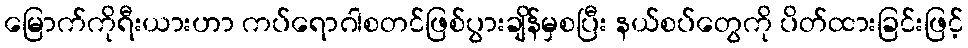
မြောက်ကိုရီးယားဟာ ကပ်ရောဂါစတင်ဖြစ်ပွားချိန်မှစပြီး နယ်စပ်တွေကို ပိတ်ထားခြင်းဖြင့်